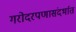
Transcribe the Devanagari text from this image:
गरोदरपणासंदर्भात